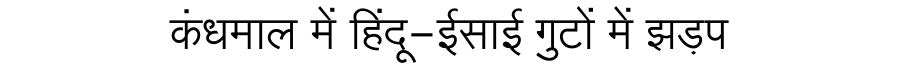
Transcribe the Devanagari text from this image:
कंधमाल में हिंदू-ईसाई गुटों में झड़प